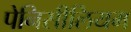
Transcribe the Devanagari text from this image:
पेनिसीलियम